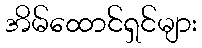
အိမ်ထောင်ရှင်များ